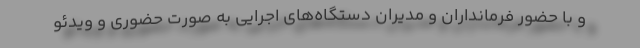
و با حضور فرمانداران و مدیران دستگاه‌های اجرایی به صورت حضوری و ویدئو